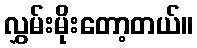
လွှမ်းမိုးတော့တယ်။